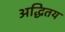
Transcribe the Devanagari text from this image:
अद्धितय